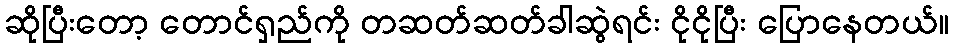
ဆိုပြီးတော့ တောင်ရှည်ကို တဆတ်ဆတ်ခါဆွဲရင်း ငိုငိုပြီး ပြောနေတယ်။